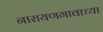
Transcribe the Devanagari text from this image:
नारायणगावाच्या